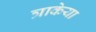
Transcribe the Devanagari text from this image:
त्राकेया